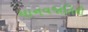
માનવજાતિની